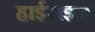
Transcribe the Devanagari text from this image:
हाईराइज